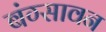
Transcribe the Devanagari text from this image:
बंग्सावन